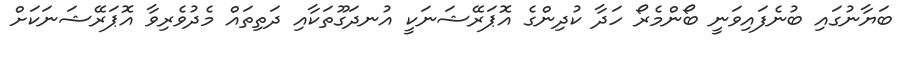
ބަޔާނުގައި ބުނެފައިވަނީ ބޯންމެރޯ ހަދާ ކުދިންގެ އޮޕަރޭޝަނަކީ އުނދަގޫތަކާއި ދަތިތައް މެދުވެރިވާ އޮޕަރޭޝަނަކަށް